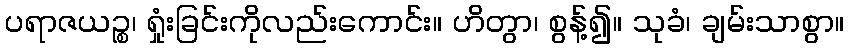
ပရာဇယဉ္စ၊ ရှုံးခြင်းကိုလည်းကောင်း။ ဟိတွာ၊ စွန့်၍။ သုခံ၊ ချမ်းသာစွာ။